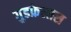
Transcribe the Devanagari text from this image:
गुडफ़ेलास